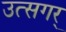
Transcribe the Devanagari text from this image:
उत्सगर्